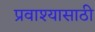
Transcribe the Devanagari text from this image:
प्रवाश्यासाठी